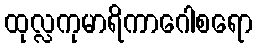
ထုလ္လကုမာရိကာဂေါစရော